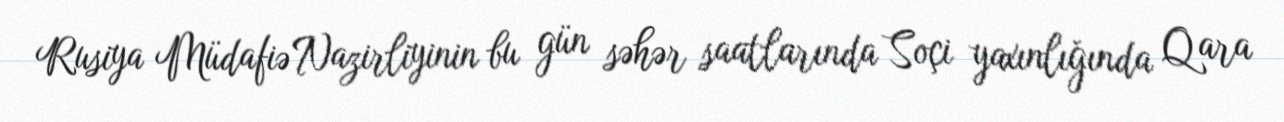
Rusiya Müdafiə Nazirliyinin bu gün səhər saatlarında Soçi yaxınlığında Qara